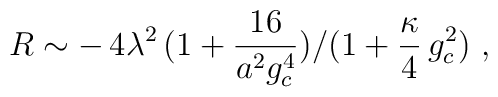
\:R \sim -\,4\lambda^2\,(1+\frac{16}{a^2 g_c ^4 })/(1+\frac{\kappa}{4}\,g_c ^2 )\,\,,\: